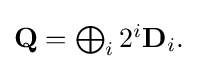
{\textstyle \mathbf {Q} =\bigoplus _{i}{2^{i}\mathbf {D} _{i}}.}